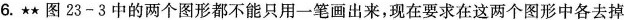
6.★★图23-3中的两个图形都不能只用一笔画出来，现在要求在这两个图形中各去掉